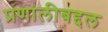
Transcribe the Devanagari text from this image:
प्रणालीबद्दल